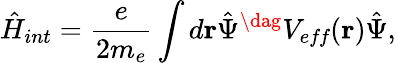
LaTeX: \hat{H}_{int}=\frac{e}{2m_{e}}\int d\mathbf{r}\hat{\Psi}^{\dag}V_{\textit{eff}}(\mathbf{r})\hat{\Psi},